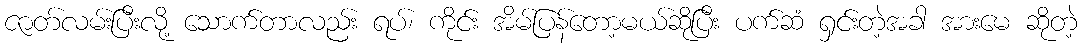
ဇာတ်လမ်းပြီးလို့ သောက်တာလည်း ရပ်၊ ကိုင်း အိမ်ပြန်တော့မယ်ဆိုပြီး ပက်ဆံ ရှင်းတဲ့အခါ အားမေ ဆိုတဲ့